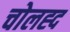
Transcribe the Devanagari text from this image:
चोलह्द